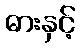
ဓားနှင့်